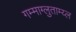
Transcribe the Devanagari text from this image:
गम्माग्लुताम्य्ल